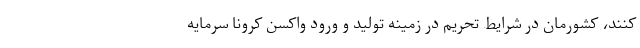
کنند، کشورمان در شرایط تحریم در زمینه تولید و ورود واکسن کرونا سرمایه